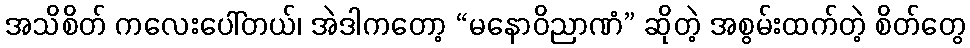
အသိစိတ် ကလေးပေါ်တယ်၊ အဲဒါကတော့ “မနောဝိညာဏံ” ဆိုတဲ့ အစွမ်းထက်တဲ့ စိတ်တွေ